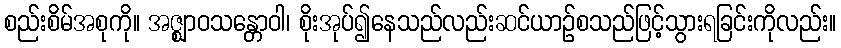
စည်းစိမ်အစုကို။ အဇ္ဈာဝသန္တောဝါ၊ စိုးအုပ်၍နေသည်လည်းဆင်ယာဉ်စသည်ဖြင့်သွားရခြင်းကိုလည်း။